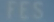
YES